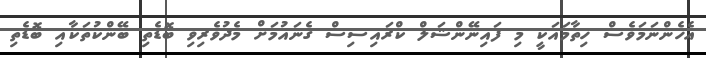
އެހެންނަމަވެސް ހިތާމައަކީ މި ފައިނޭންޝަލް ކްރައިސިސް ގެނައުމަށް މެދުވެރިވި ބޮޑެތި ބޭންކުތަކާއި ބޮޑެތި